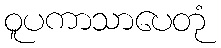
ဝူပကာသာပေတုံ